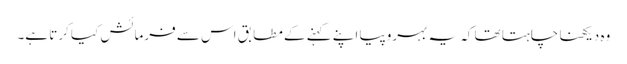
وہ دیکھنا چاہتا تھا کہ یہ بہروپیا اپنے کہنے کے مطابق اس سے فرمائش کیا کرتا ہے۔